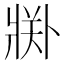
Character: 𱭘